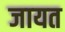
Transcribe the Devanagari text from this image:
जायत